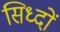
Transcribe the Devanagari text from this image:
सिध्दों